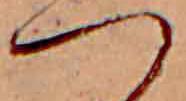
つ